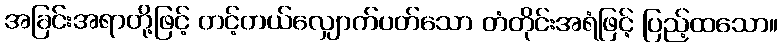
အခြင်းအရာတို့ဖြင့် တင့်တယ်လျှောက်ပတ်သော တံတိုင်းအရံဖြင့် ပြည့်ထသော။